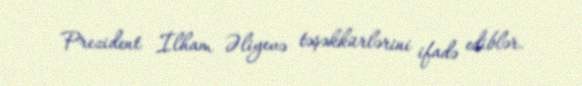
Prezident İlham Əliyevə təşəkkürlərini ifadə ediblər.